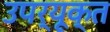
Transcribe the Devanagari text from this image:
उपर्यूक्त